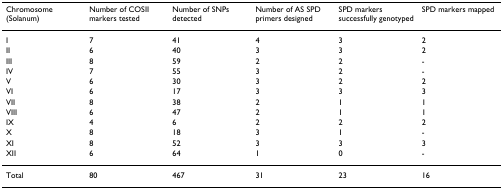
| Chromosome (Solanum) | Number of COSII markers tested | Number of SNPs detected | Number of AS SPD primers designed | SPD markers successfully genotyped | SPD markers mapped |
 | --- | --- | --- | --- | --- | --- |
 | I | 7 | 41 | 4 | 3 | 2 |
 | II | 6 | 40 | 3 | 3 | 2 |
 | III | 8 | 59 | 2 | 2 | - |
 | IV | 7 | 55 | 3 | 2 | - |
 | V | 6 | 30 | 3 | 2 | 2 |
 | VI | 6 | 17 | 3 | 3 | 3 |
 | VII | 8 | 38 | 2 | 1 | 1 |
 | VIII | 6 | 47 | 2 | 1 | 1 |
 | IX | 4 | 6 | 2 | 2 | 2 |
 | X | 8 | 18 | 3 | 1 | - |
 | XI | 8 | 52 | 3 | 3 | 3 |
 | XII | 6 | 64 | 1 | 0 | - |
 | Total | 80 | 467 | 31 | 23 | 16 |